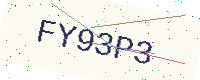
Text: FY93P3